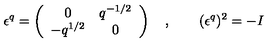
\epsilon ^ { q } = \left( \begin{array} { c c } { 0 } & { q ^ { - 1 / 2 } } \\ { - q ^ { 1 / 2 } } & { 0 } \\ \end{array} \right) \quad , \qquad ( \epsilon ^ { q } ) ^ { 2 } = - I